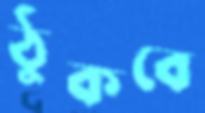
ঠুকবে